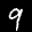
Label: 9